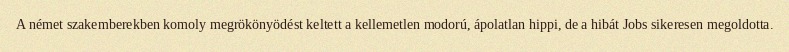
A német szakemberekben komoly megrökönyödést keltett a kellemetlen modorú, ápolatlan hippi, de a hibát Jobs sikeresen megoldotta.